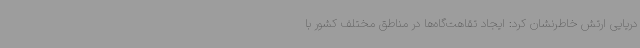
دریایی ارتش خاطرنشان کرد: ایجاد تقاهت‌گاه‌ها در مناطق مختلف کشور با